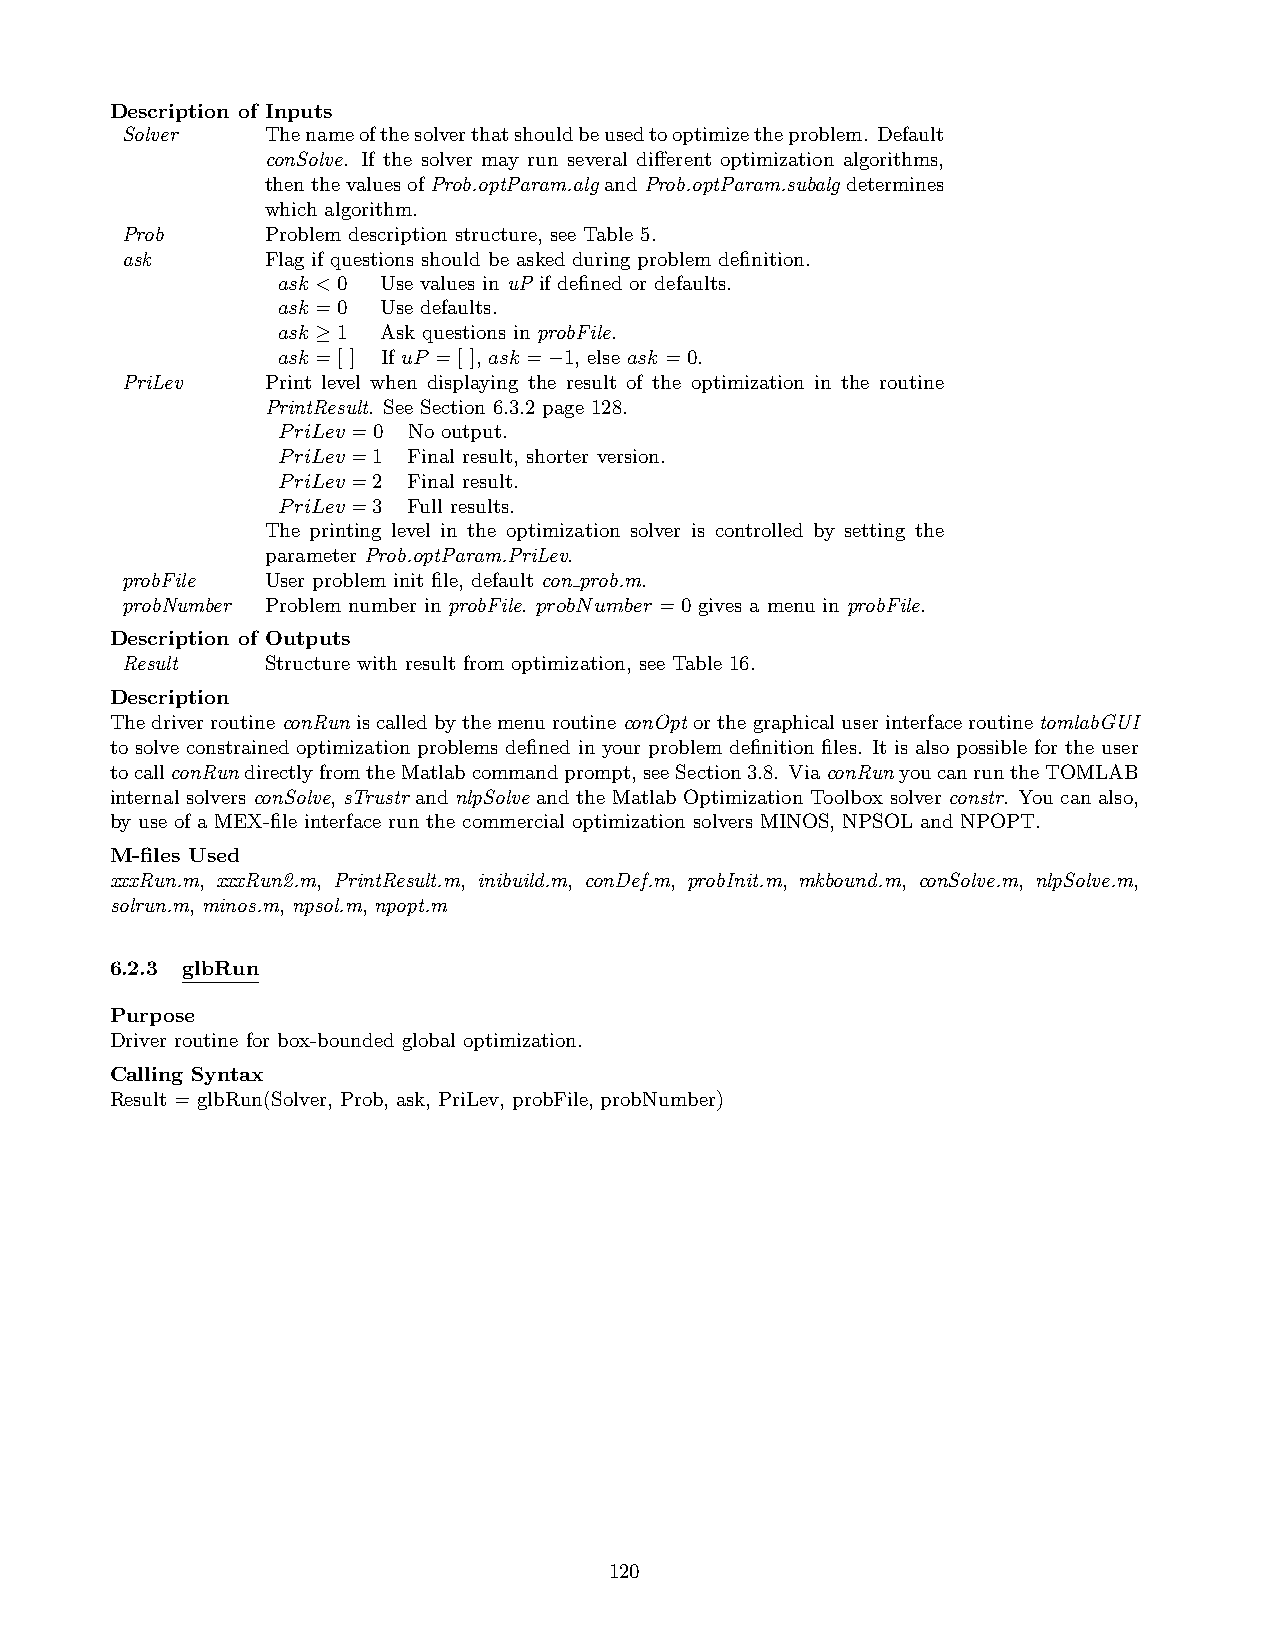
Description of Inputs
 Solver    Thenameofthesolverthatshouldbeusedtooptimizetheproblem. Default
 conSolve. If the solver may run several different optimization algorithms,
 thenthevaluesofProb.optParam.algandProb.optParam.subalgdetermines
 which algorithm.
 Prob      Problem description structure, see Table 5.
 ask       Flag if questions should be asked during problem definition.
 ask <0 Use values in uP if defined or defaults.
 ask =0 Use defaults.
 ask ≥1 Ask questions in probFile.
 ask =[ ] If uP =[ ], ask =−1, else ask =0.
 PriLev    Print level when displaying the result of the optimization in the routine
 PrintResult. See Section 6.3.2 page 128.
 PriLev =0 No output.
 PriLev =1 Final result, shorter version.
 PriLev =2 Final result.
 PriLev =3 Full results.
 The printing level in the optimization solver is controlled by setting the
 parameter Prob.optParam.PriLev.
 probFile  User problem init file, default con prob.m.
 probNumber Problem number in probFile. probNumber =0 gives a menu in probFile.
 Description of Outputs
 Result    Structure with result from optimization, see Table 16.
 Description
 ThedriverroutineconRuniscalledbythemenuroutineconOptorthegraphicaluserinterfaceroutinetomlabGUI
 to solve constrained optimization problems defined in your problem definition files. It is also possible for the user
 tocallconRundirectlyfromtheMatlabcommandprompt,seeSection3.8. ViaconRunyoucanruntheTOMLAB
 internal solvers conSolve, sTrustr and nlpSolve and the Matlab Optimization Toolbox solver constr. You can also,
 by use of a MEX-file interface run the commercial optimization solvers MINOS, NPSOL and NPOPT.
 M-files Used
 xxxRun.m, xxxRun2.m, PrintResult.m, inibuild.m, conDef.m, probInit.m, mkbound.m, conSolve.m, nlpSolve.m,
 solrun.m, minos.m, npsol.m, npopt.m
 6.2.3 glbRun
 Purpose
 Driver routine for box-bounded global optimization.
 Calling Syntax
 Result = glbRun(Solver, Prob, ask, PriLev, probFile, probNumber)
 120